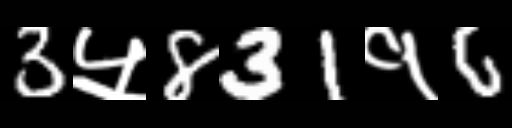
Text: 3५831१6